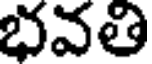
భవతి